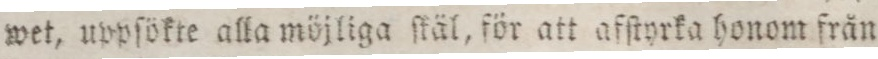
wet, uppſökte alla möjliga ſkäl, för att afſtyrka honom från